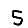
Digit: 5